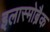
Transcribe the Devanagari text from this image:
इलास्मोब्रैक